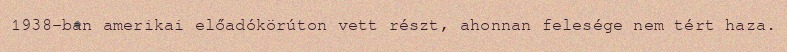
1938-ban amerikai előadókörúton vett részt, ahonnan felesége nem tért haza.